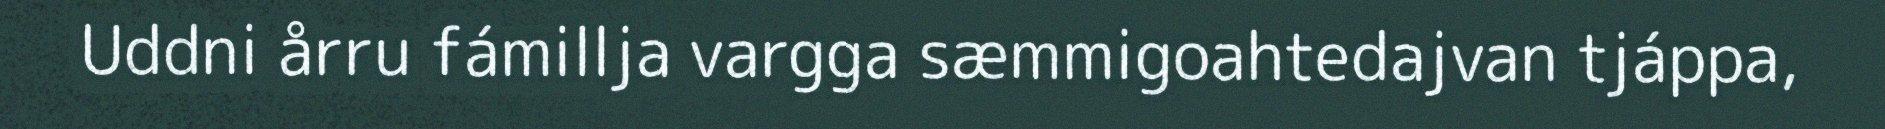
Uddni årru fámillja vargga sæmmigoahtedajvan tjáppa,